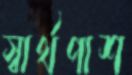
স্বার্থপাশ